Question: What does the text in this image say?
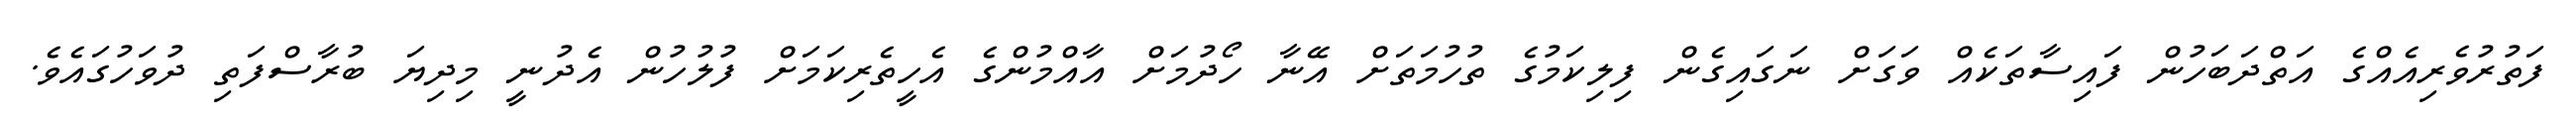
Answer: ފަތުރުވެރިއެއްގެ އަތްދަބަހުން ފައިސާތަކެއް ވަގަށް ނަގައިގެން ފިލިކަމުގެ ތުހުމަތަށް އޭނާ ހޯދުމަށް އާއްމުންގެ އެހީތެރިކަމަށް ފުލުހުން އެދުނީ މިދިޔަ ބުރާސްފަތި ދުވަހުގައެވެ.